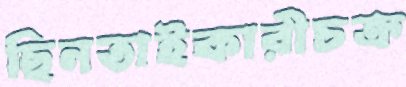
ছিনতাইকারীচক্র